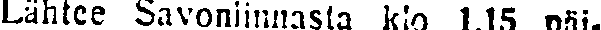
Lähtee Savonlinnasta kio 1.15 päi-